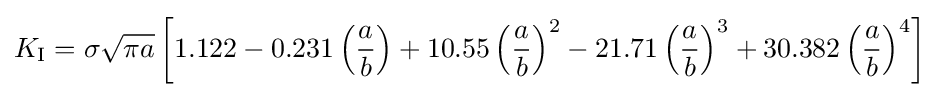
K_{\rm {I}}=\sigma {\sqrt {\pi a}}\left[1.122-0.231\left({\frac {a}{b}}\right)+10.55\left({\frac {a}{b}}\right)^{2}-21.71\left({\frac {a}{b}}\right)^{3}+30.382\left({\frac {a}{b}}\right)^{4}\right]